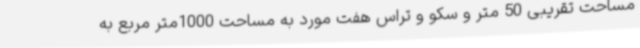
مساحت تقریبی 50 متر و سکو و تراس هفت مورد به مساحت 1000متر مربع به